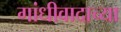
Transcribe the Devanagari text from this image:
गांधीवादाच्या